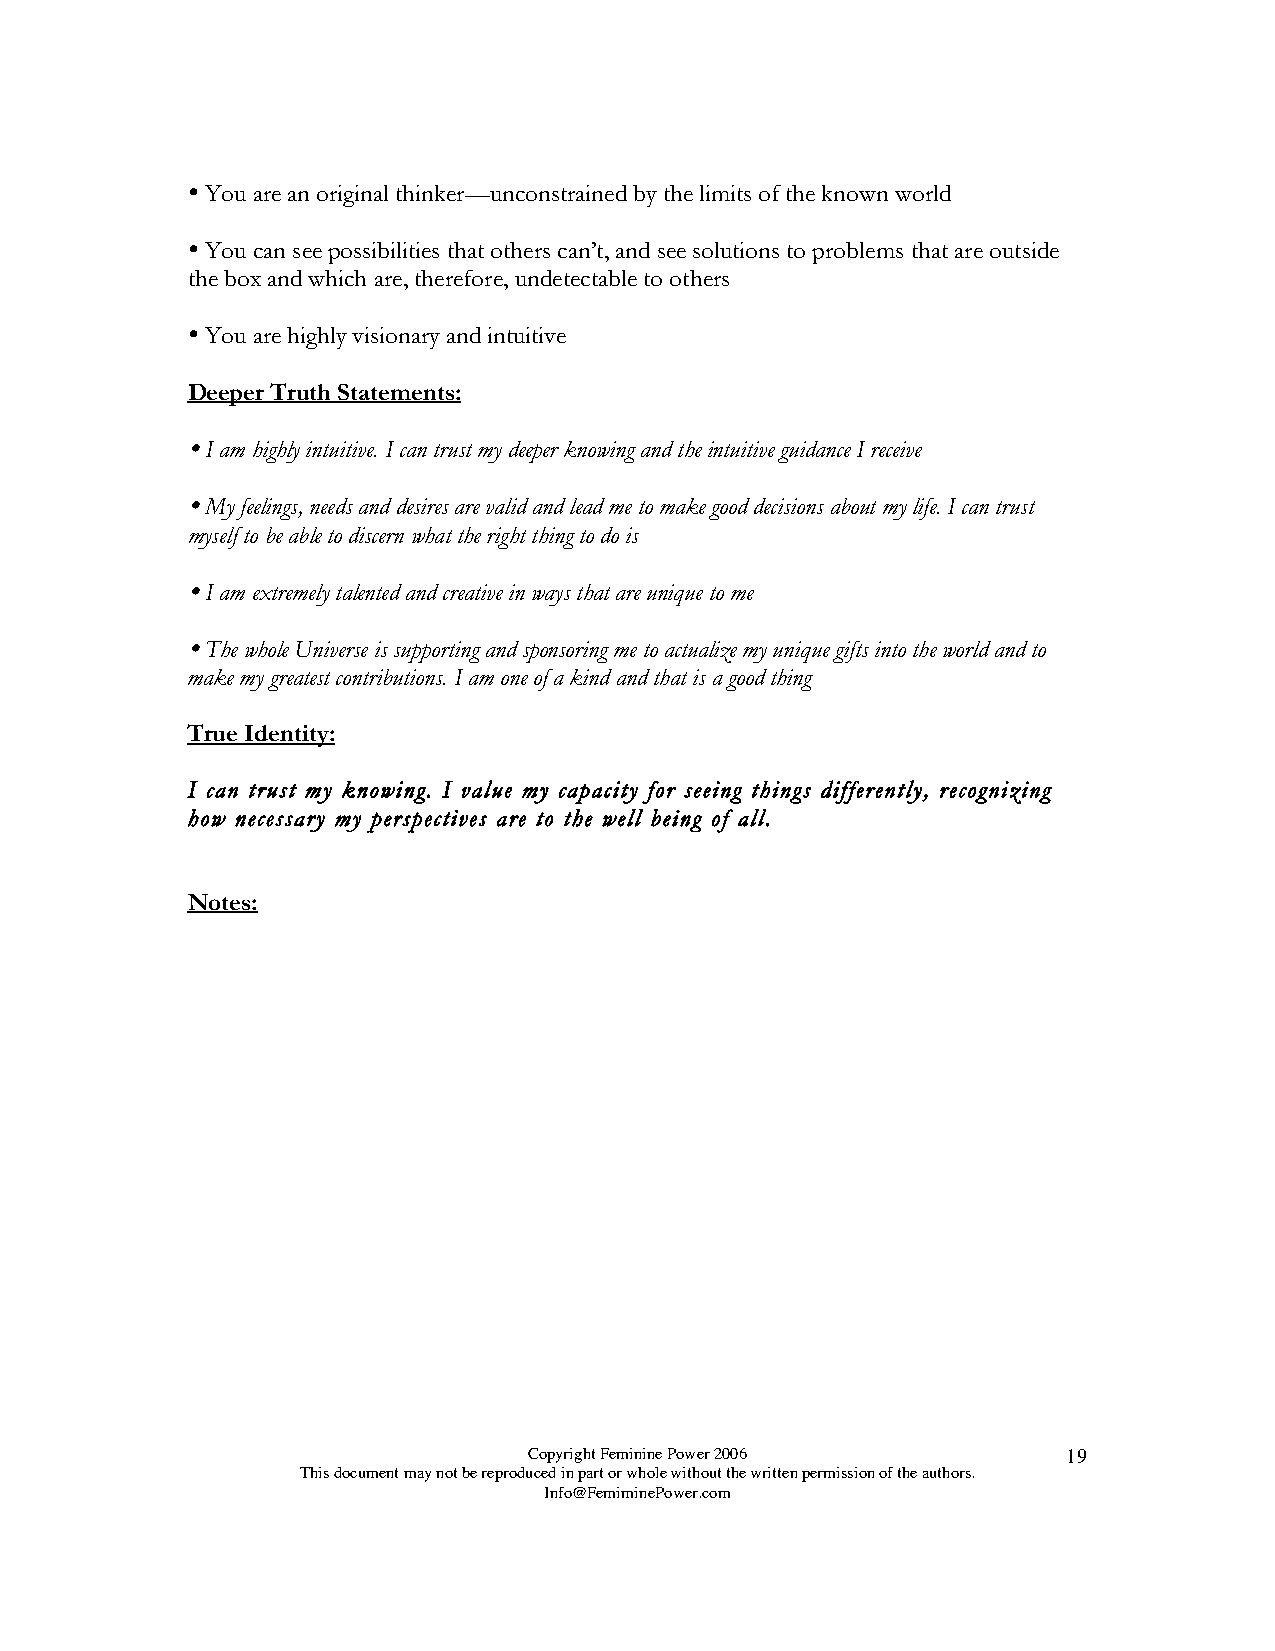

 You are an original thinker—unconstrained by the limits of the known world
 
 You can see possibilities that others can’t, and see solutions to problems that are outside
 the box and which are, therefore, undetectable to others
 
 You are highly visionary and intuitive
 Deeper Truth Statements:
 
 I am highly intuitive. I can trust my deeper knowing and the intuitive guidance I receive
 
 My feelings, needs and desires are valid and lead me to make good decisions about my life. I can trust
 myself to be able to discern what the right thing to do is
 
 I am extremely talented and creative in ways that are unique to me
 
 The whole Universe is supporting and sponsoring me to actualize my unique gifts into the world and to
 make my greatest contributions. I am one of a kind and that is a good thing
 True Identity:
 I can trust my knowing. I value my capacity for seeing things differently, recognizing
 how necessary my perspectives are to the well being of all.
 Notes:
 Copyright Feminine Power 2006       19
 This document may not be reproduced in part or whole without the written permission of the authors.
 Info@FemiminePower.com